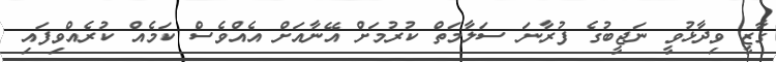
ގާޒީ ވިދާޅުވީ ނަޖީބުގެ ފުރާނަ ސަލާމަތް ކުރުމަށް އޭނާއަށް އެއްވެސް ކަމެއް ކުރެއްވިފައި